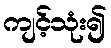
ကျင့်သုံး၍